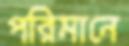
পরিমানে